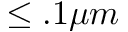
\leq . 1 \mu m